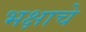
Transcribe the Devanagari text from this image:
भक्षाचे